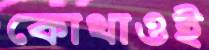
কোথাওই